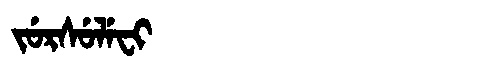
Manchu: ᠵᡠᡵᠰᡠᠯᡝᠸᡳ
Romanization: JURSULEFI